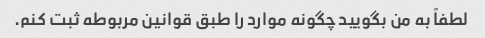
لطفاً به من بگویید چگونه موارد را طبق قوانین مربوطه ثبت کنم.